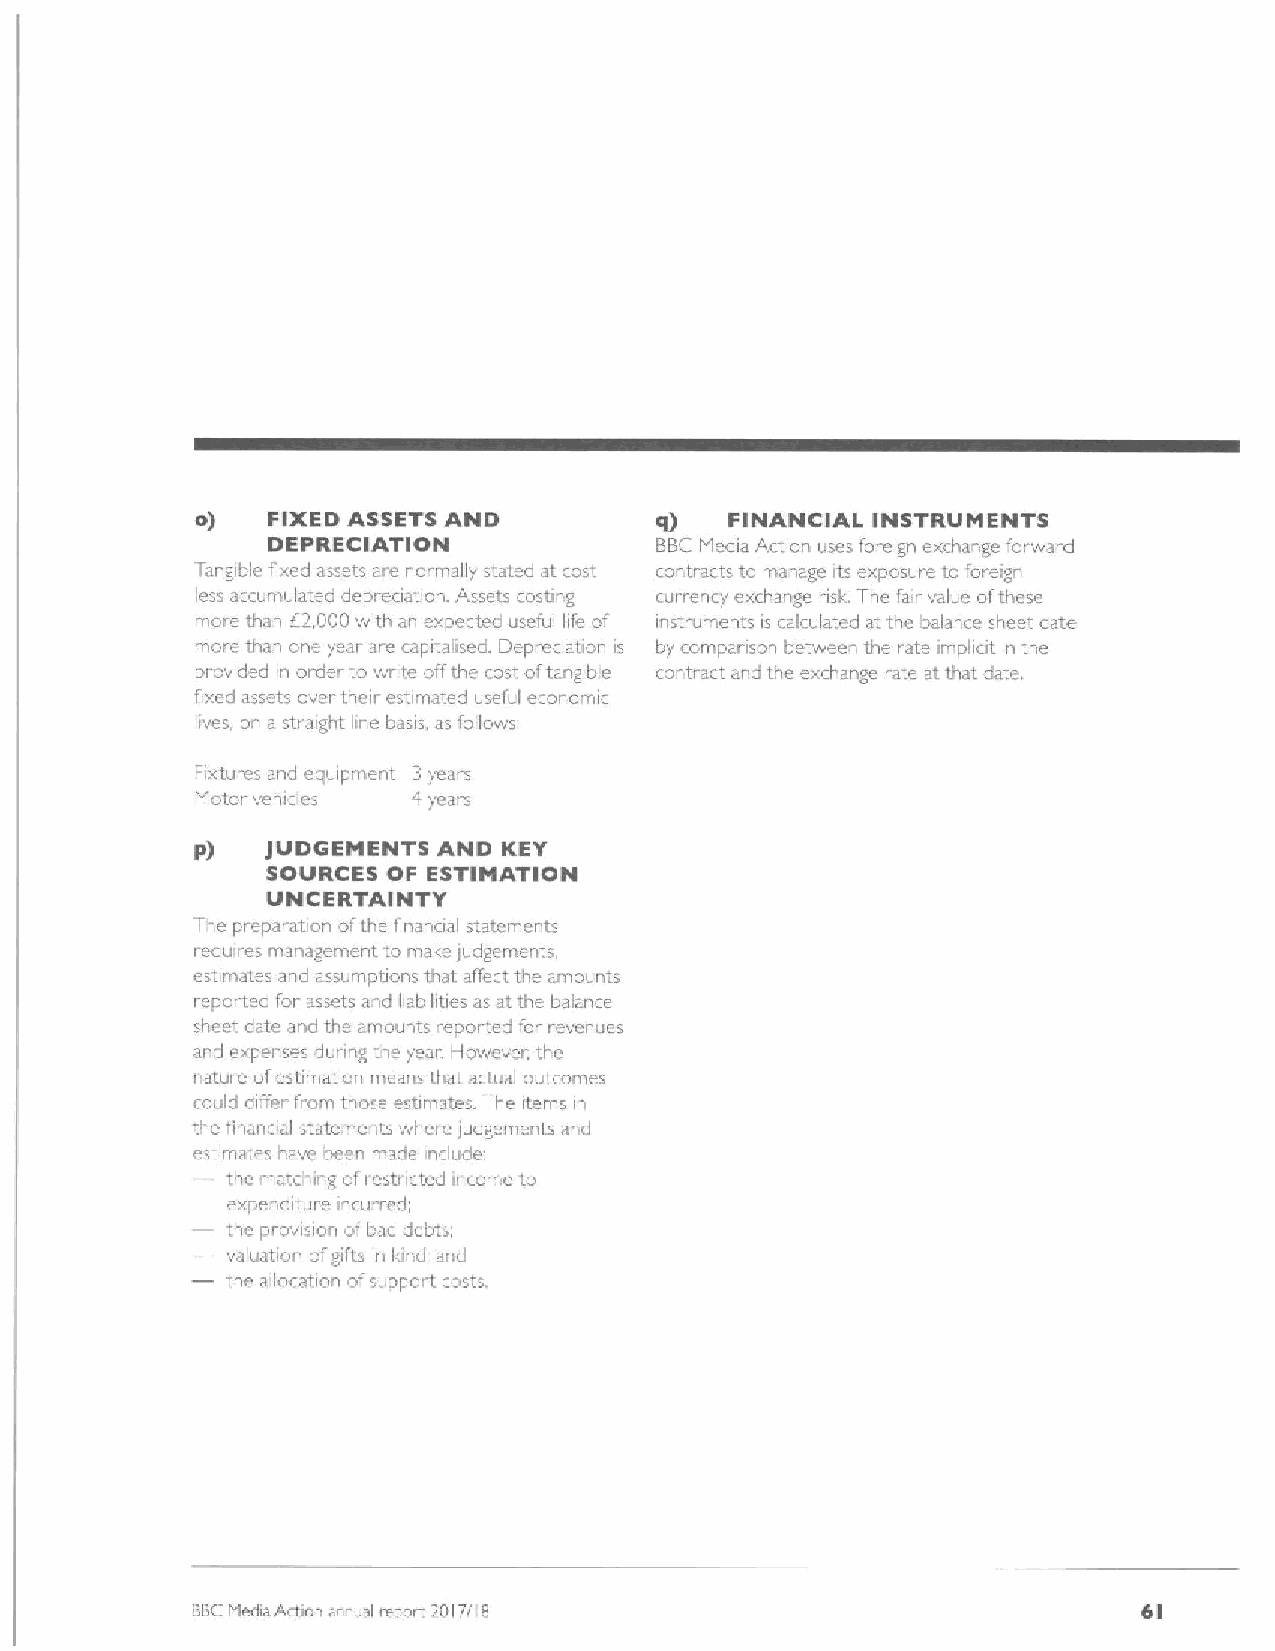
o)   FIXED ASSETS AND         sl)  FINANCIAL INSTRUMENTS
 DEPRECIATION             BBCMedia Action uses foreign exchange forward
 Tangible fixed assets are noimally stated at cost rontrarts ta manage its exposure to foreig~
 less accumulated depi eciation. assets casting currency exchange risk. The fair value ofthese
 mare than (2000with an expected useful life of instruments is calculated at the balance sheet date
 more than one year aie capitaliseci. 83epreciation is by romparisan between the rate impliat in the
 provided in order to write offthe rost oftangible contract and the exchange rate at that date
 fixed assets over their estimated useful economic
 lives, on a straight lese basis as follows
 Fixtures and equipment 3years
 Motor vehicles 't years
 P)   jUDQEMENTS AND KEY
 SOURCES OF ESTINATION
 UNCERTAINTY
 The preparation ofthe financial statements
 requires rnanagernent to make ludgements.
 estimates a d assumptions that affect the amounts
 icpoi ted for assets and liabilities as at the balance
 sheet date and the amounts reported for revenues
 and expenses during the year. However, ihe
 nature ofestimation means that actual outcomes
 could differ fram those estimates. The items ~
 i
 the financial statements where ludgcments and
 estimates have been made include'
 the matching at'restncted incoine to
 —expenditure incurred,
 the pravision ofbad debts
 —valuation ofgifts ~ I:nd, and
 i
 the allocation ofsupport costs.
 BBCMedia Action an ual iepcrt, 2017/18